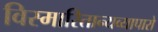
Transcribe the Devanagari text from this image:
विस्मारितान्यव्यापारो